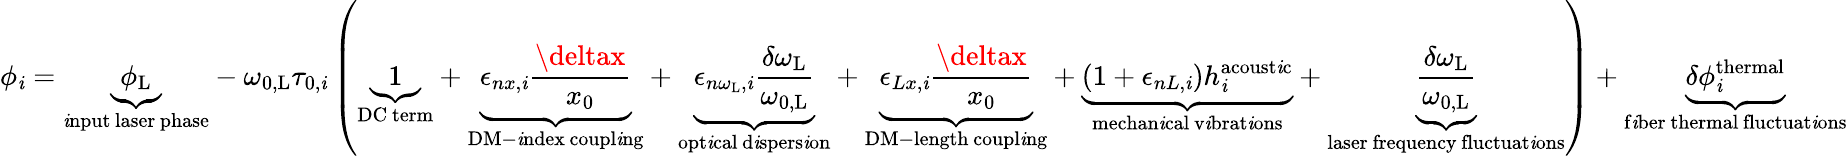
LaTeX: \phi_{\mathit{i}}=\underbrace{{\phi_{\mathrm{{L}}}}}_{\substack{\mathrm{{\mathit{i}nput}}\, \mathrm{{laser}}\, \mathrm{{phase}}}}-\omega_{0,\mathrm{{L}}}\tau_{0,\mathit{i}}\left(\underbrace{{1}}_{\mathrm{{DC~term}}}+\underbrace{{\epsilon_{nx,\mathit{i}}\frac{{\deltax}}{{x_{0}}}}}_{\substack{\mathrm{{DM-\mathit{i}ndex}}\, \mathrm{{coupl\mathit{i}ng}}}}+\underbrace{{\epsilon_{n\omega_{\mathrm{{L}}},\mathit{i}}\frac{{\delta\omega_{\mathrm{{L}}}}}{{\omega_{0,\mathrm{{L}}}}}}}_{\substack{\mathrm{{opt\mathit{i}cal}}\, \mathrm{{d\mathit{i}spers\mathit{i}on}}}}+\underbrace{{\epsilon_{Lx,\mathit{i}}\frac{{\deltax}}{{x_{0}}}}}_{\substack{\mathrm{{DM-length}}\, \mathrm{{coupl\mathit{i}ng}}}}+\underbrace{{\left(1+\epsilon_{nL,\mathit{i}}\right)h_{\mathit{i}}^{\mathrm{{acoust\mathit{i}c}}}}}_{\substack{\mathrm{{mechan\mathit{i}cal}}\, \mathrm{{v\mathit{i}brat\mathit{i}ons}}}}+\underbrace{{\frac{{\delta\omega_{\mathrm{{L}}}}}{{\omega_{0,\mathrm{{L}}}}}}}_{\substack{\mathrm{{laser~frequency}}\, \mathrm{{fluctuat\mathit{i}ons}}}}\right)+\underbrace{{\delta\phi_{\mathit{i}}^{\mathrm{{thermal}}}}}_{\substack{\mathrm{{f\mathit{i}ber~thermal}}\, \mathrm{{fluctuat\mathit{i}ons}}}}